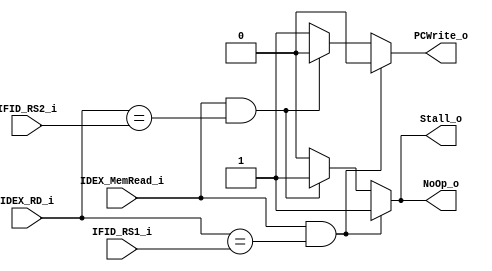
module Hazard(
    IFID_RS1_i,
    IFID_RS2_i,
    IDEX_MemRead_i,
    IDEX_RD_i,
    PCWrite_o,
    Stall_o,
    NoOp_o
);

input IDEX_MemRead_i;
input [4:0] IFID_RS1_i, IFID_RS2_i, IDEX_RD_i;
output PCWrite_o, Stall_o, NoOp_o;
reg PCWrite_o, Stall_o, NoOp_o;
// combination part
always @(*) begin
    if (IDEX_MemRead_i && IDEX_RD_i == IFID_RS1_i) begin
        PCWrite_o <= 1'b0;
        Stall_o <= 1'b1;
        NoOp_o <= 1'b1;
    end
    else if (IDEX_MemRead_i && IDEX_RD_i == IFID_RS2_i) begin
        PCWrite_o <= 1'b0;
        Stall_o <= 1'b1;
        NoOp_o <= 1'b1;
    end
    else begin
        PCWrite_o <= 1'b1;
        Stall_o <= 1'b0;
        NoOp_o <= 1'b0;
    end
end

endmodule